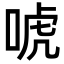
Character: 唬